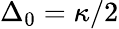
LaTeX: \Delta_{0}={\kappa}/{2}